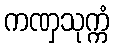
ကဏှသုက္ကံ